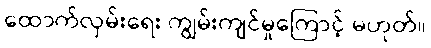
ထောက်လှမ်းရေး ကျွမ်းကျင်မှုကြောင့် မဟုတ်။